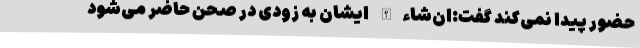
حضور پیدا نمی‌کند گفت:‌ان‌شاءالله ایشان به زودی در صحن حاضر می‌شود